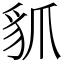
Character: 䝖